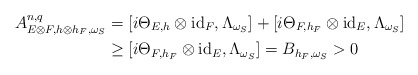
\begin{align*} A^{n,q}_{E\otimes F,h\otimes h_F,\omega_S}&=[i\Theta_{E,h}\otimes\mathrm{id}_F,\Lambda_{\omega_S}]+[i\Theta_{F,h_F}\otimes\mathrm{id}_E,\Lambda_{\omega_S}]\\ &\geq [i\Theta_{F,h_F}\otimes\mathrm{id}_E,\Lambda_{\omega_S}]=B_{h_F,\omega_S}>0 \end{align*}